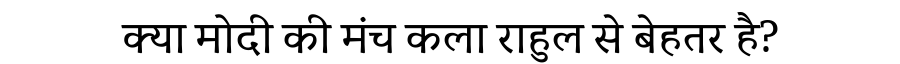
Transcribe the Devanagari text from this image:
क्या मोदी की मंच कला राहुल से बेहतर है?